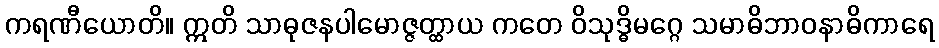
ကရဏီယောတိ။ ဣတိ သာဓုဇနပါမောဇ္ဇတ္ထာယ ကတေ ဝိသုဒ္ဓိမဂ္ဂေ သမာဓိဘာဝနာဓိကာရေ